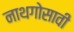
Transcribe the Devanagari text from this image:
नाथगोसावी